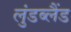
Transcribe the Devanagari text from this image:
लुंडब्लैंड